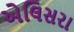
એલિસરા